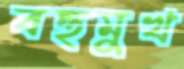
বহুমুখ